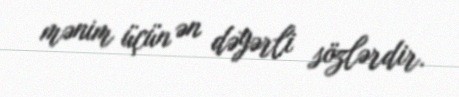
mənim üçün ən dəyərli sözlərdir.